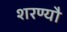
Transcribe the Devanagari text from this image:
शरण्यौ